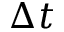
\Delta t